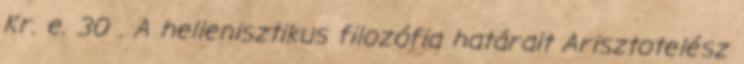
Kr. e. 30 . A hellenisztikus filozófia határait Arisztotelész